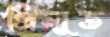
প্রিলুড